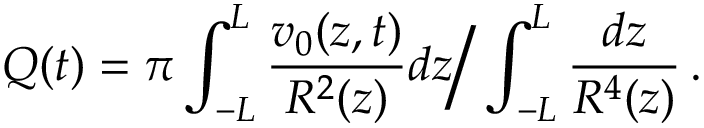
Q ( t ) = \pi \int _ { - L } ^ { L } \frac { v _ { 0 } ( z , t ) } { R ^ { 2 } ( z ) } d z \Big / \int _ { - L } ^ { L } \frac { d z } { R ^ { 4 } ( z ) } \, .